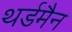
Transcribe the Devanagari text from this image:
थर्डमैन